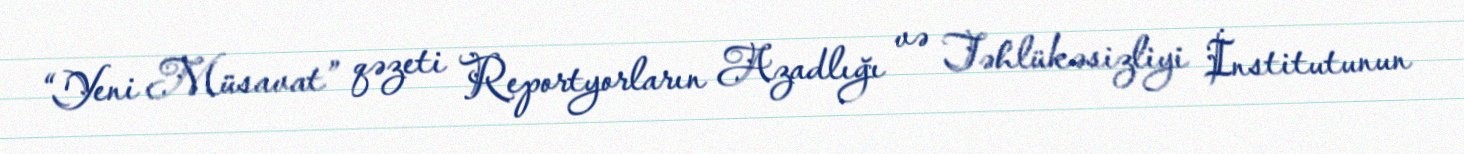
“Yeni Müsavat” qəzeti Reportyorların Azadlığı və Təhlükəsizliyi İnstitutunun